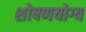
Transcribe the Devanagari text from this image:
शोषणयोग्य